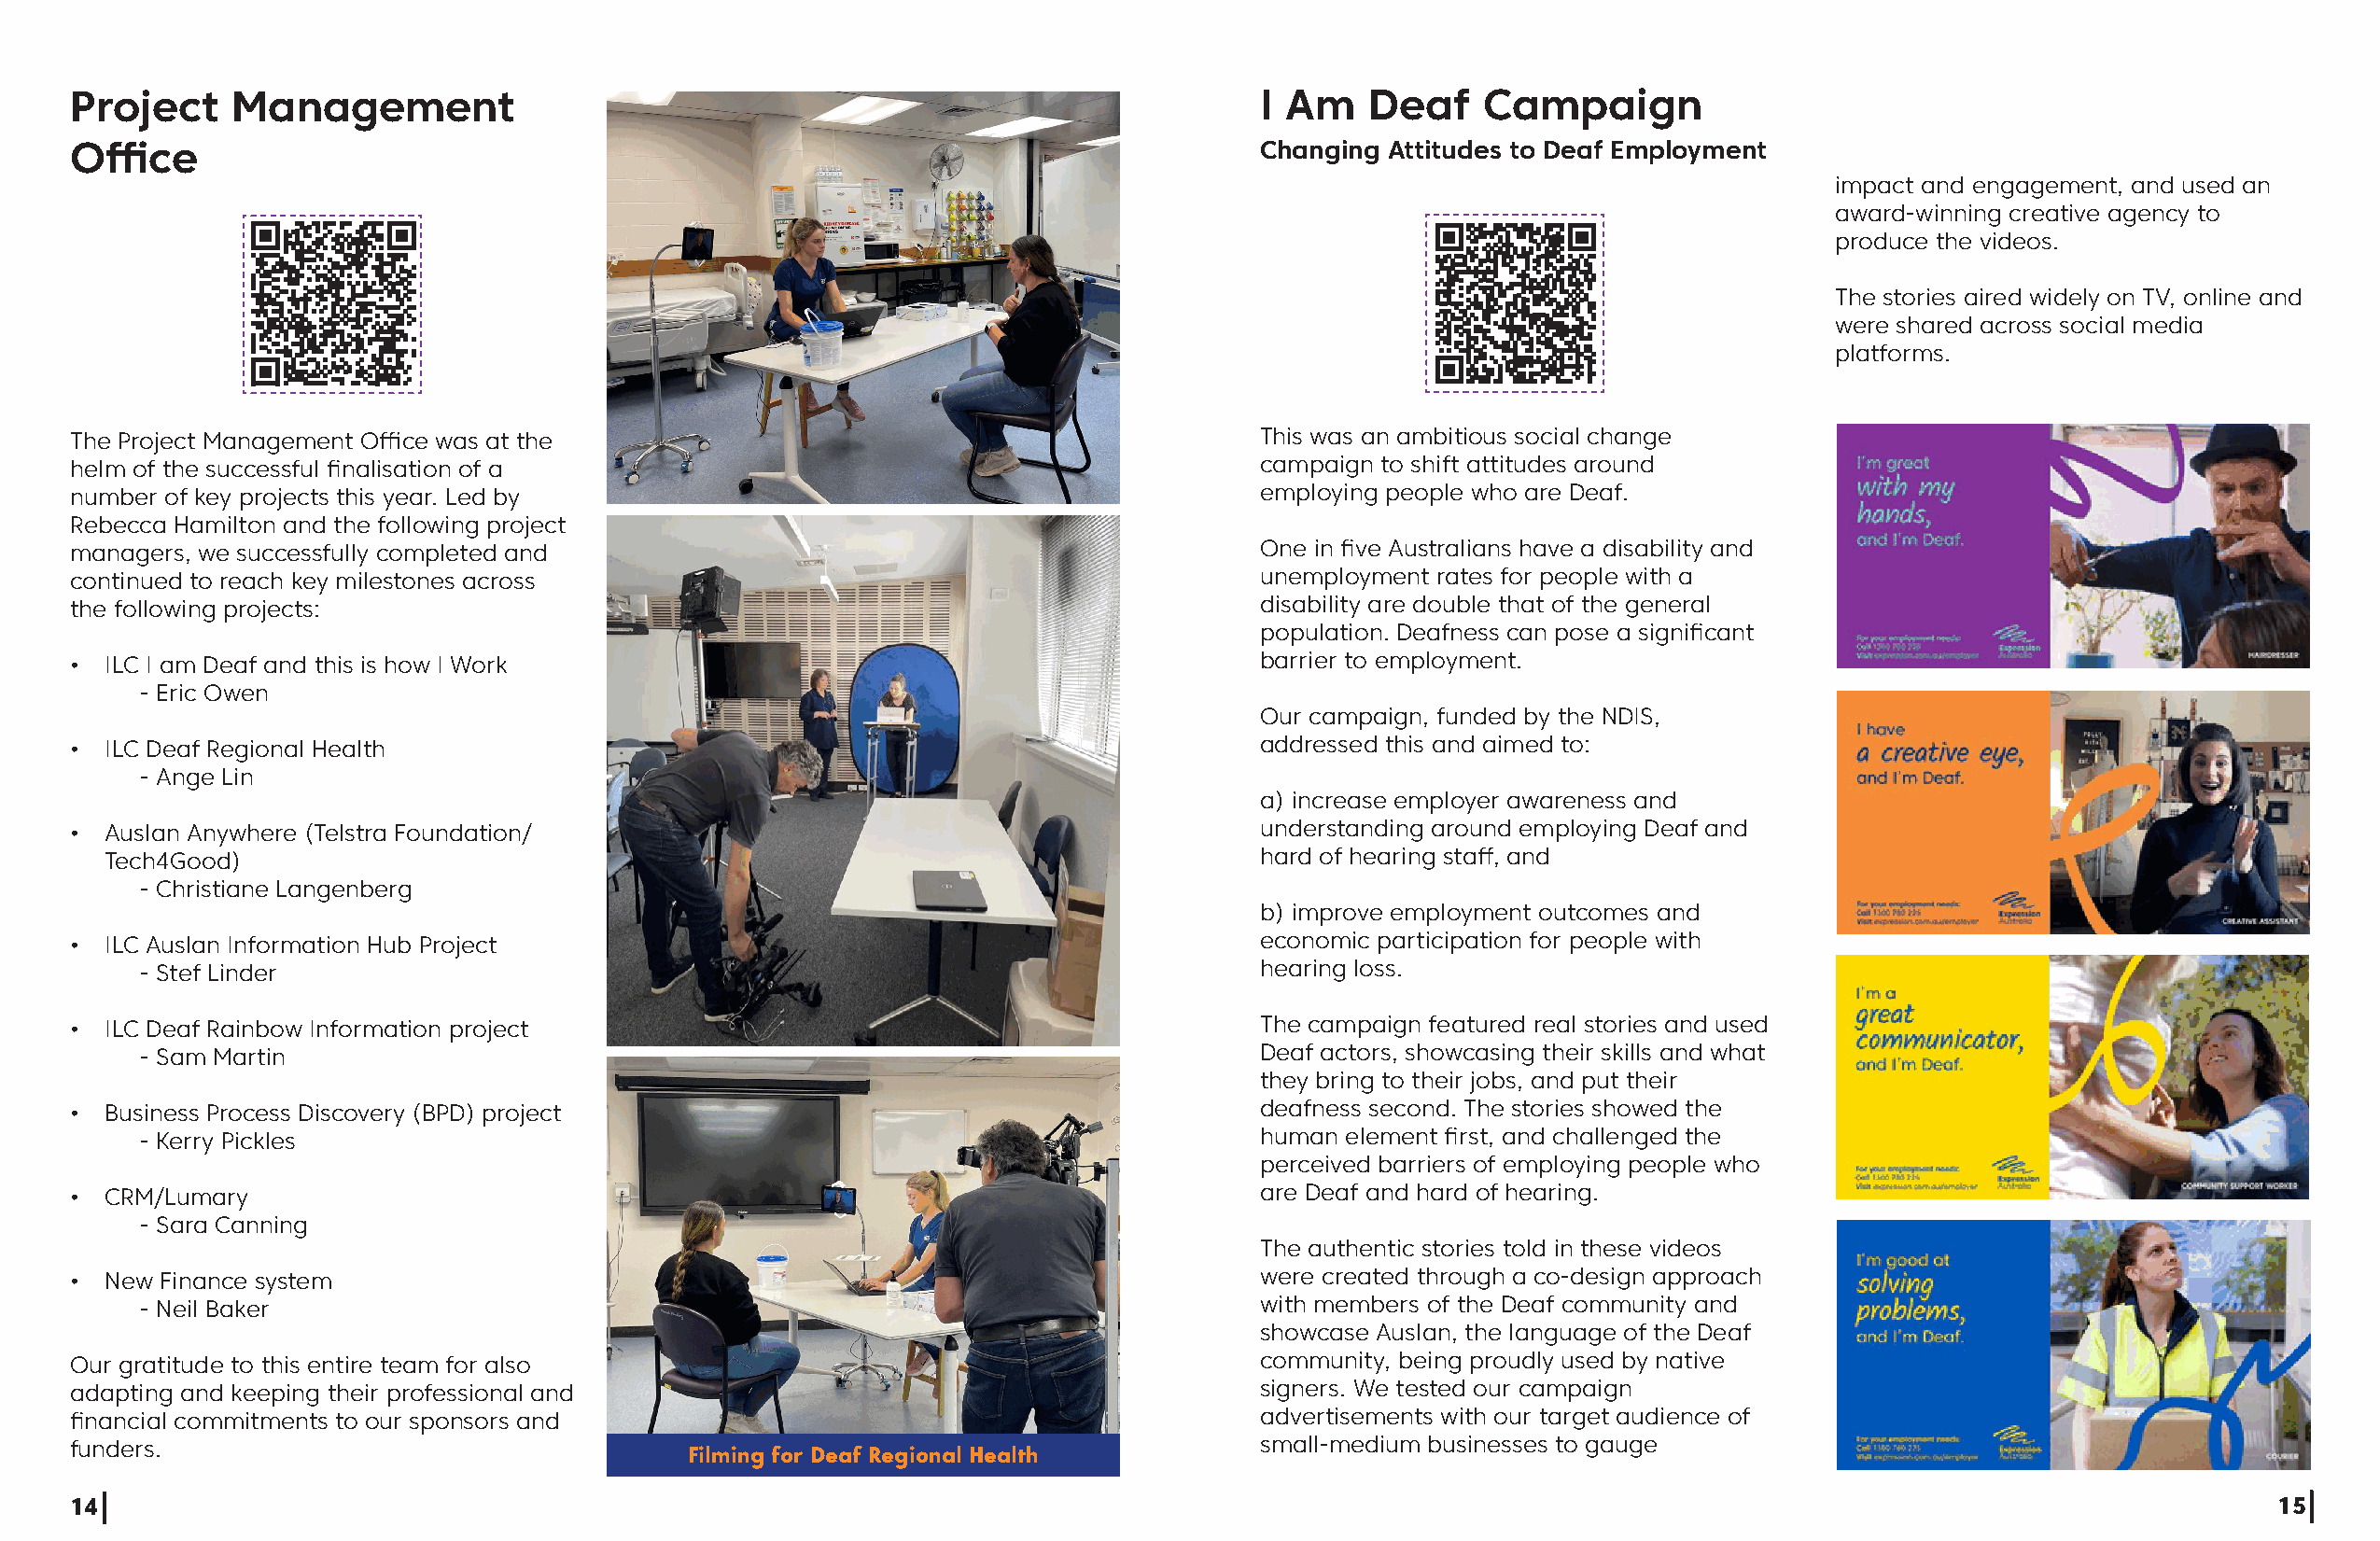
Project    Management                                                               I Am    Deaf    Campaign
 Office                                                                              Changing Attitudes to Deaf Employment
 impact and engagement, and used an
 award-winning creative agency to
 produce the videos.
 The stories aired widely on TV, online and
 were shared across social media
 platforms.
 The Project Management Office was at the                                            This was an ambitious social change
 helm of the successful finalisation of a                                            campaign to shift attitudes around
 number of key projects this year. Led by                                            employing people who are Deaf.
 Rebecca Hamilton and the following project
 managers, we successfully completed and                                             One in five Australians have a disability and
 continued to reach key milestones across                                            unemployment rates for people with a
 the following projects:                                                             disability are double that of the general
 population. Deafness can pose a significant
 • ILC I am Deaf and this is how I Work                                              barrier to employment.
 - Eric Owen
 Our campaign, funded by the NDIS,
 • ILC Deaf Regional Health                                                          addressed this and aimed to:
 - Ange Lin
 a) increase employer awareness and
 • Auslan Anywhere (Telstra Foundation/                                              understanding around employing Deaf and
 Tech4Good)                                                                        hard of hearing staff, and
 - Christiane Langenberg
 b) improve employment outcomes and
 • ILC Auslan Information Hub Project                                                economic participation for people with
 - Stef Linder                                                                  hearing loss.
 • ILC Deaf Rainbow Information project                                              The campaign featured real stories and used
 - Sam Martin                                                                   Deaf actors, showcasing their skills and what
 they bring to their jobs, and put their
 • Business Process Discovery (BPD) project                                          deafness second. The stories showed the
 - Kerry Pickles                                                                human element first, and challenged the
 perceived barriers of employing people who
 • CRM/Lumary                                                                        are Deaf and hard of hearing.
 - Sara Canning
 The authentic stories told in these videos
 • New Finance system                                                                were created through a co-design approach
 - Neil Baker                                                                   with members of the Deaf community and
 showcase Auslan, the language of the Deaf
 Our gratitude to this entire team for also                                          community, being proudly used by native
 adapting and keeping their professional and                                         signers. We tested our campaign
 financial commitments to our sponsors and                                           advertisements with our target audience of
 funders.                                                                            small-medium businesses to gauge
 Filming for Deaf Regional Health
 14                                                                                                                                                           15